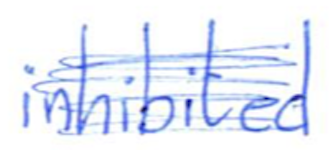
Text: inhibited
Cross-out: scratch
Writing tool: ballpoint